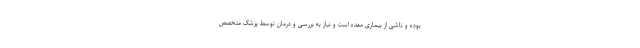
بوده و ناشی از بیماری معده است و نیاز به بررسی و درمان توسط پزشک متخصص